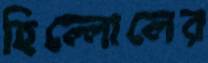
হিল্লোলের